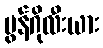
မွန်ဂိုလီးယား